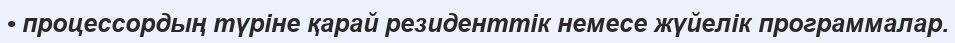
• процессордың түріне қарай резиденттік немесе жүйелік программалар.